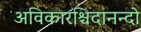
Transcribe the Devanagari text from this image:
अविकारश्चिदानन्दो